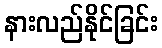
နားလည်နိုင်ခြင်း